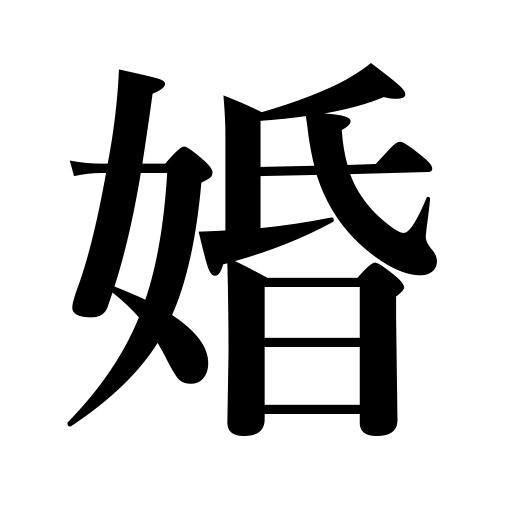
Meanings: marriage